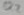
Text: Q2